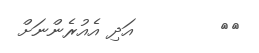
٧٤        އަދި އެއުރެންނަށް